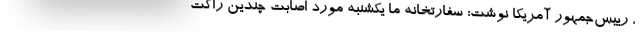
، رییس‌جمهور آمریکا نوشت: سفارتخانه ما یکشنبه مورد اصابت چندین راکت